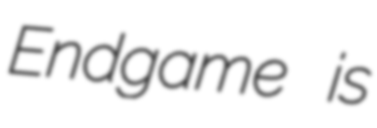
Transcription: Endgame is